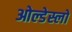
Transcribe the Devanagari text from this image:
ओल्डेस्लो